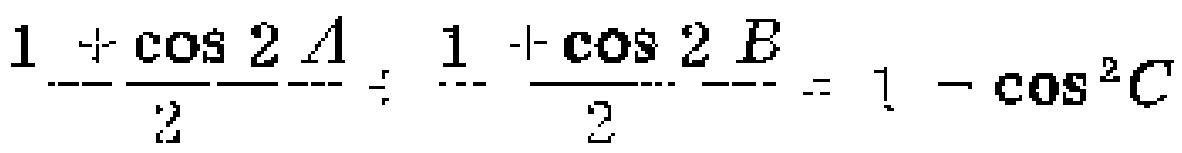
$\frac{1 + \cos 2A}{2}+\frac{1 + \cos 2B}{2}=1 - \cos^{2}C$